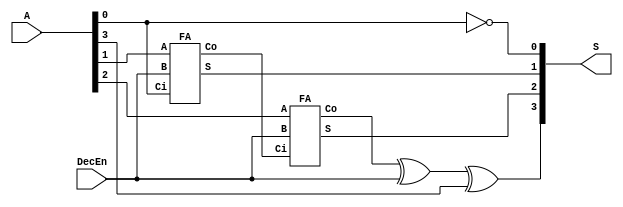

////////////////////////////////////////////////////
// Increment or Decrement
/*
Inc_Dec #(.width()) id(.DecEn(),.A(),.S());
*/

module Inc_Dec
#(
	////////////////////////////////////////////////////
	// Parameters
	parameter width = 4	//input bit width
)
(	
	////////////////////////////////////////////////////
	// Ports 
	input DecEn,		//decrement enable
	input [width-1:0]	A,
	output [width-1:0]	S
);

	////////////////////////////////////////////////////
	// Net
	wire [width-2:0] C;
	assign C[0] = A[0];
	assign S[0]	= ~A[0];									//S[LSB] =
	assign S[width-1] = (C[width-2] ^ DecEn) ^ A [width-1];	//S[MSB] =
	generate 
		genvar i;
		for ( i=1 ; i < (width-1) ; i=i+1) begin :incdec
			FA fa(.A(A[i]),.B(DecEn),.Ci(C[i-1]),.S(S[i]),.Co(C[i]));
		end
	endgenerate
endmodule

/////////////////////////////////////////////////////////////////////////
//Full Adder
/* Portlist
	FA _(.A(),.B(),.Ci(),.S(),.Co());
*/
`ifndef FA
`define FA
module FA
////////////////////////////////////////////////////
// Ports
(
input A,B,Ci,
output S,Co
);
	wire exAB	= A^B;
	assign S	= exAB^Ci;
	assign Co	= (A&B)|(exAB&Ci);

endmodule
`endif